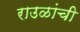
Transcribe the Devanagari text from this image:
राउळांची